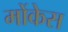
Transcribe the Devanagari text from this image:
मोंकेस